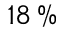
1 8 \, \%